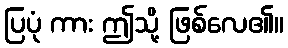
ပြပုံ ကား ဤသို့ ဖြစ်လေ၏။